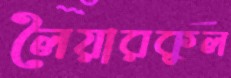
লৈয়ারকুল